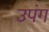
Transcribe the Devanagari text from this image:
उपंग